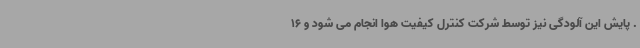
. پایش این آلودگی نیز توسط شرکت کنترل کیفیت هوا انجام می شود و 16